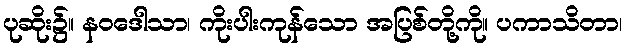
ပုဆိုး၌။ နဝဒေါသာ၊ ကိုးပါးကုန်သော အပြစ်တို့ကို။ ပကာသိတာ၊